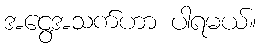
အငွေ့အသက်ဟာ ပါရမယ်။